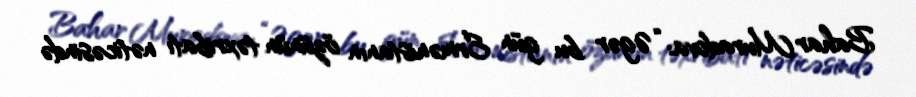
Bahar Muradova: “Əgər bu gün Ermənistanın özünün təxribatı nəticəsində